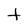
Character: t